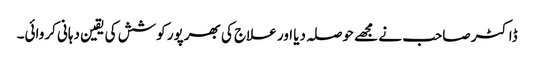
ڈاکٹر صاحب نے مجھے حوصلہ دیا اور علاج کی بھرپور کوشش کی یقین دہانی کروائی۔